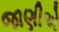
જાણીએ